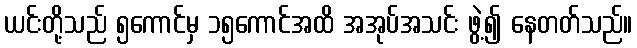
ယင်းတို့သည် ၅ကောင်မှ ၁၅ကောင်အထိ အအုပ်အသင်း ဖွဲ့၍ နေတတ်သည်။